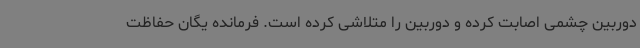
دوربین چشمی اصابت کرده و دوربین را متلاشی کرده است. فرمانده یگان حفاظت